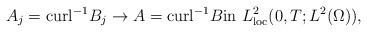
LaTeX: \begin{align*}A_j=\textrm{curl}^{-1}B_j\to A=\textrm{curl}^{-1}B\textrm{in}\ L^{2}_{\textrm{loc}}(0,T; L^{2}(\Omega)), \end{align*}